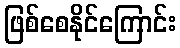
ဖြစ်စေနိုင်ကြောင်း